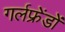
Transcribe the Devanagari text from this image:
गर्लफ्रेंडों